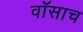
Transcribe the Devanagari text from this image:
वॉसाच